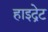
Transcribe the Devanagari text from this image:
हाइद्रेट